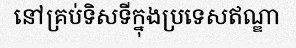
នៅគ្រប់ទិសទីក្នុងប្រទេសឥណ្ឌា